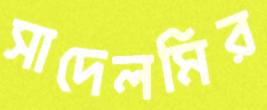
সাদেলমির